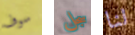
سوف سجل لنا